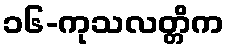
၁၆-ကုသလတ္တိက